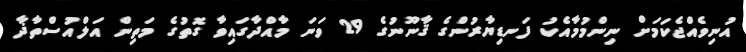
އުނިވެއްޖެކަމަށް ނިންމުމާއެކު ފަނޑިޔާރުންގެ ޤާނޫނުގެ 29 ވަނަ މާއްދާގައިވާ ގޮތުގެ މަތިން އަލްއުސްތާޛާ